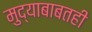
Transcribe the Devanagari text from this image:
मुद्याबाबतही